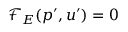
\mathcal { F } _ { E } ( p ^ { \prime } , u ^ { \prime } ) = 0